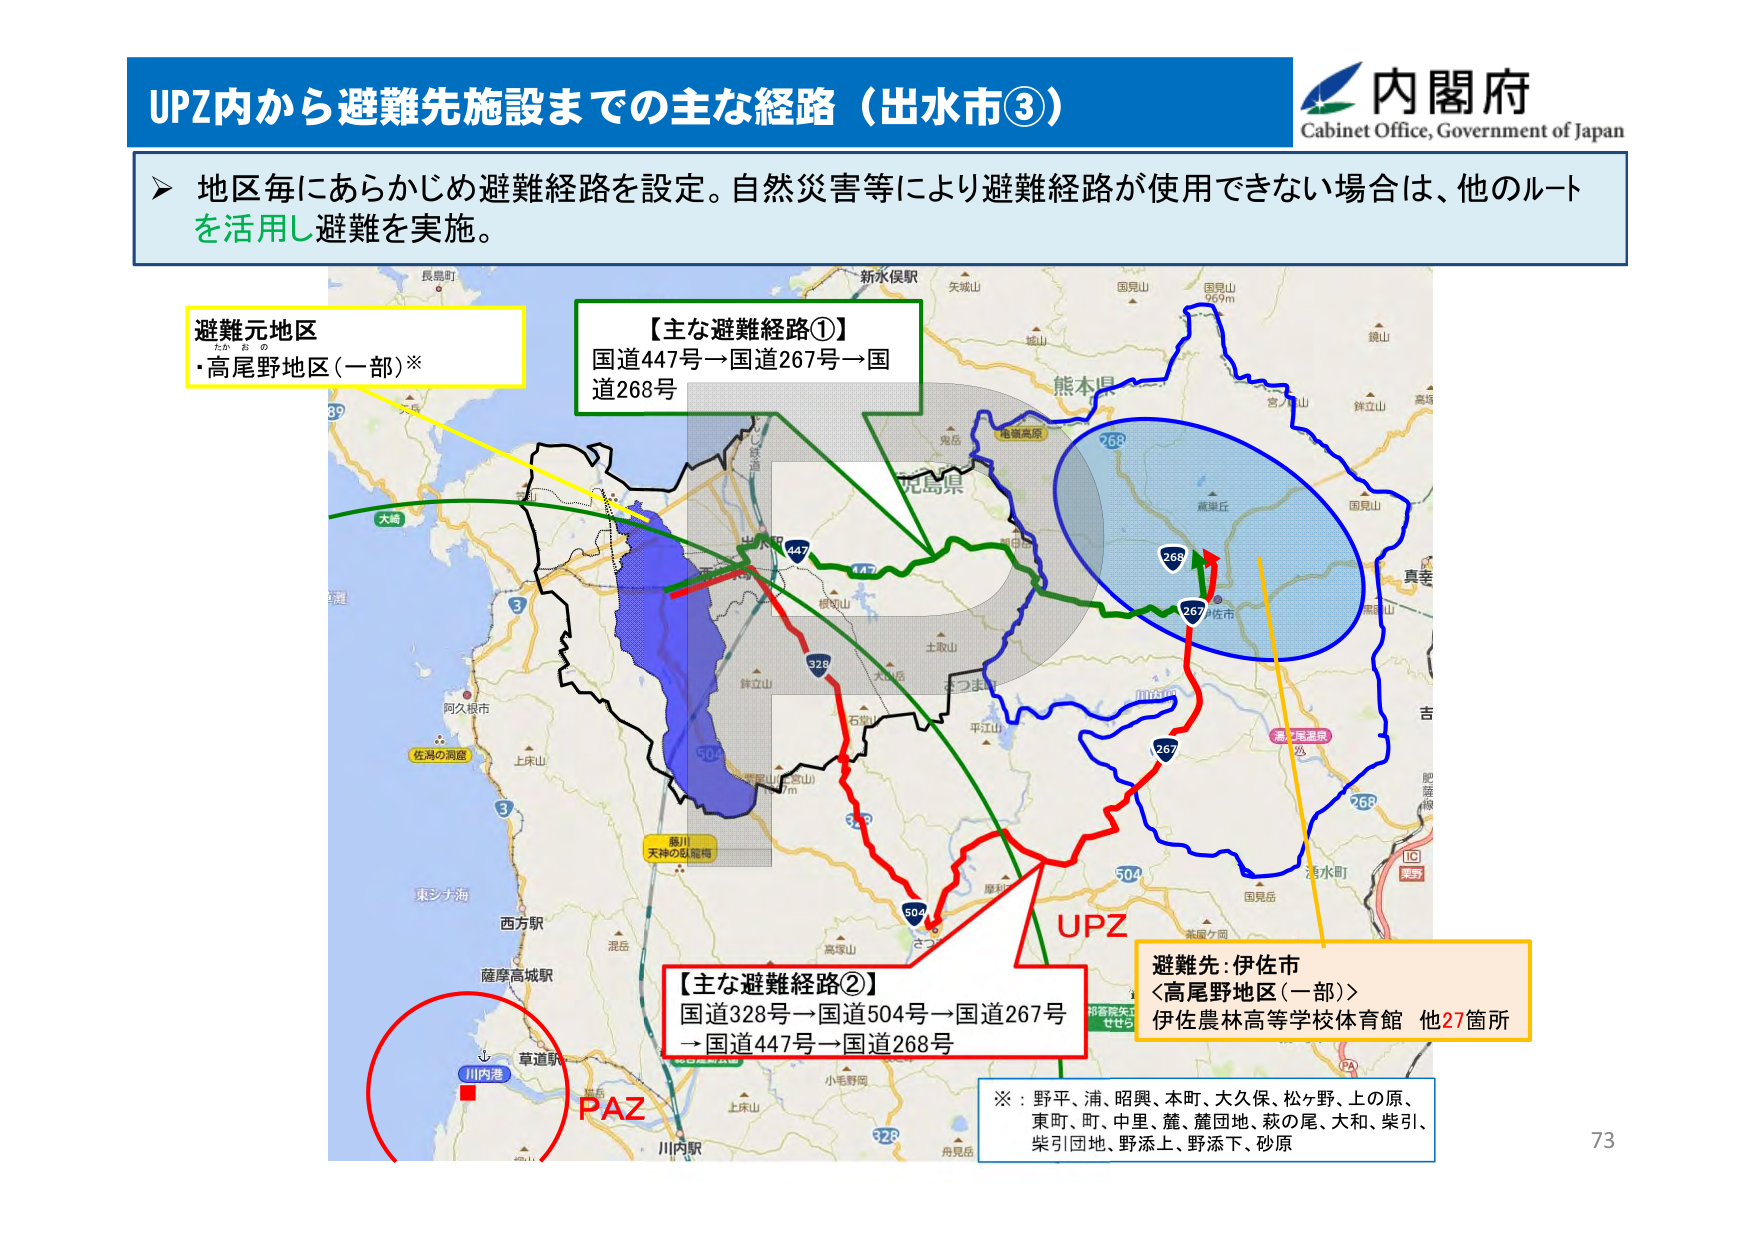
UPZ内から避難先施設までの主な経路（出水市③）

内閣府
Cabinet Office, Government of Japan

➤ 地区毎にあらかじめ避難経路を設定。自然災害等により避難経路が使用できない場合は、他のルートを活用し避難を実施。

避難元地区
・高尾野地区（一部）※

【主な避難経路①】
国道447号→国道267号→国道268号

【主な避難経路②】
国道328号→国道504号→国道267号→国道447号→国道268号

避難先：伊佐市
＜高尾野地区（一部）＞
伊佐農林高等学校体育館 他27箇所

※：野平、浦、昭興、本町、大久保、松ヶ野、上の原、東町、町、中里、麓、麓団地、萩の尾、大和、柴引、柴引団地、野添上、野添下、砂原

PAZ
UPZ

73